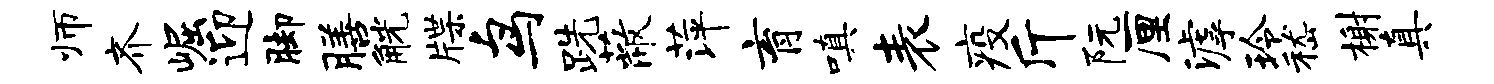
师齐崛迎脚膳觥牒鸟跣蔽萍育嗔表疫斤阮厘滹玲嵇榭真